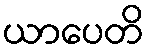
ယာပေတိ